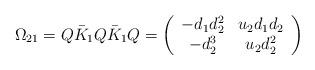
LaTeX: \begin{align*}\Omega_{21}=Q \bar{K}_1 Q \bar{K}_1 Q = \left( \begin{array}{cc}-d_1 d_2^2 & u_2 d_1 d_2 \\-d_2^3 & u_2 d_2^2\end{array} \right)\end{align*}